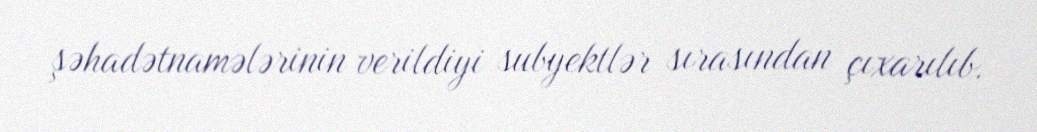
şəhadətnamələrinin verildiyi subyektlər sırasından çıxarılıb.